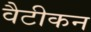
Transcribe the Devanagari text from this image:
वैटीकन